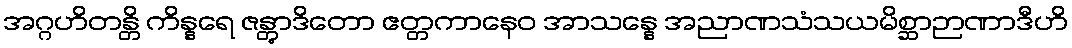
အဂ္ဂဟိတန္တိ ကိန္နရေ ဇန္တွာဒိတော ဧတ္တကာနေဝ အာသန္နေ အညာဏသံသယမိစ္ဆာဉာဏာဒီဟိ